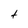
Character: t